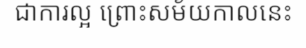
ជាការល្អ ព្រោះសម័យកាលនេះ